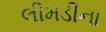
લીમડીના